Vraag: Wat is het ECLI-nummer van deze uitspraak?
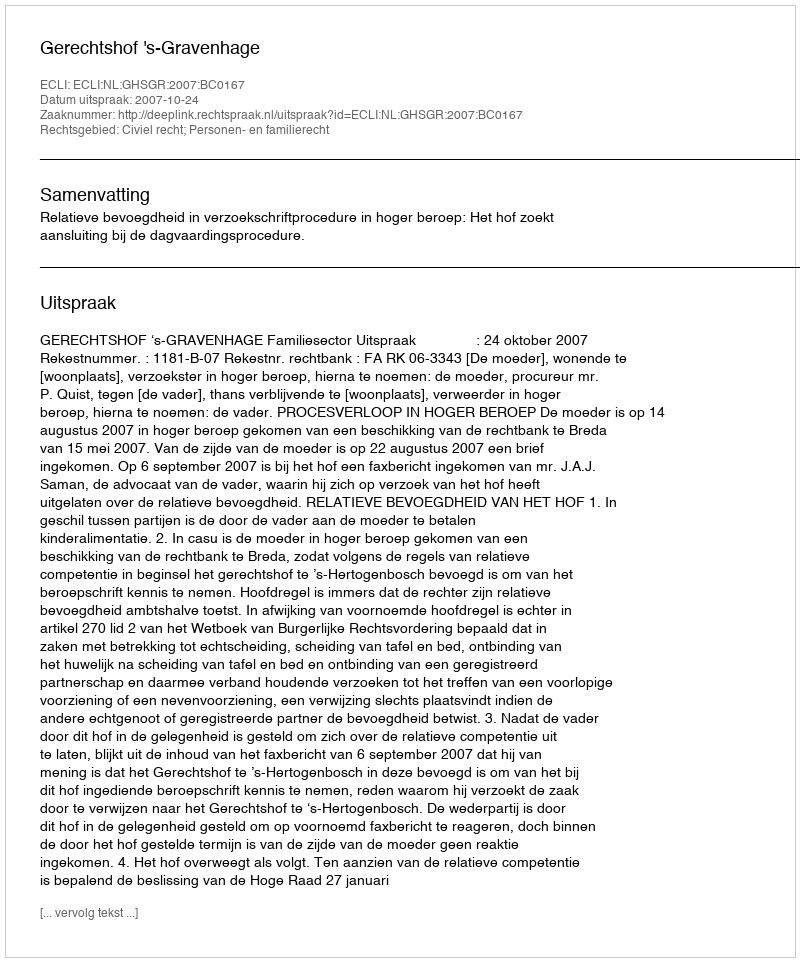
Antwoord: ECLI:NL:GHSGR:2007:BC0167